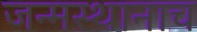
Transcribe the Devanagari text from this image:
जन्मस्थानाच